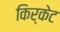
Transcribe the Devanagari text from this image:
किर्केट